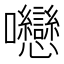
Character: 𡆕